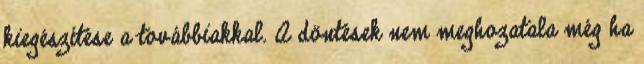
kiegészítése a továbbiakkal. A döntések nem meghozatala még ha